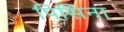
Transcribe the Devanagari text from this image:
पिसिना